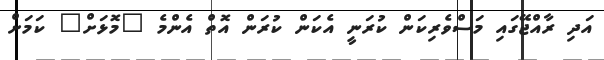
އަދި ރާއްޖޭގައި މަސްވެރިކަން ކުރަނީ އެކަން ކުރަން އޮތް އެންމެ "މޮޅަށް" ކަމަށް